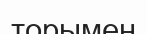
торымен